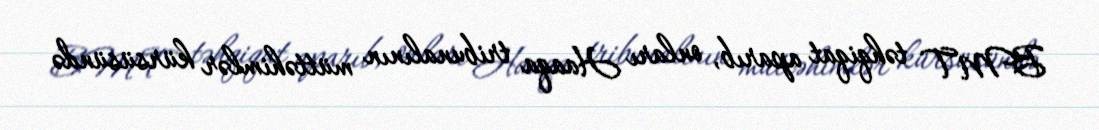
BMT təhqiqat aparıb, onları Haaqa tribunalının müttəhimlər kürsüsündə